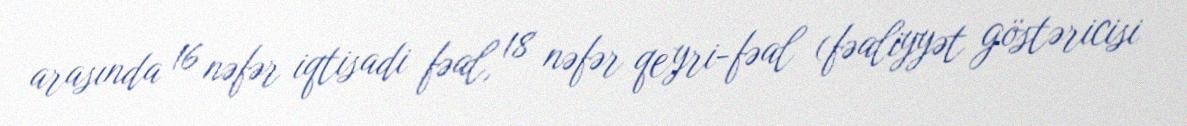
arasında 16 nəfər iqtisadi fəal, 18 nəfər qeyri-fəal (fəaliyyət göstəricisi